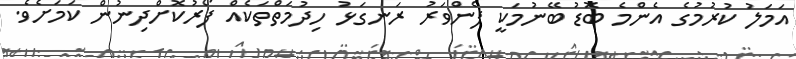
އަމަލު ކުރުމުގެ އެންމެ ބޮޑު ބޭނުމަކީ ފެންވަރު ރަނގަޅު ހިދުމަތްތަކެއް ފޯރުކޮށްދިނުން ކަމަށެވެ.